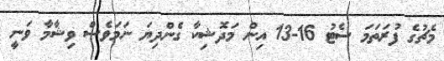
މެޗުގެ ފުރަތަމަ ސެޓު 16-13 އިން މަދޮޝިކާ ގެންދިޔަ ނަމަވެސް ވިޝާމާ ވަނީ